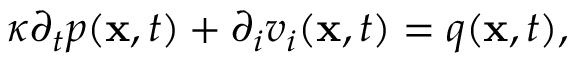
\kappa { \partial _ { t } } p ( { \bf x } , t ) + { \partial _ { i } } v _ { i } ( { \bf x } , t ) = q ( { \bf x } , t ) ,